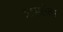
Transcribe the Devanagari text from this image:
त्रासलेला